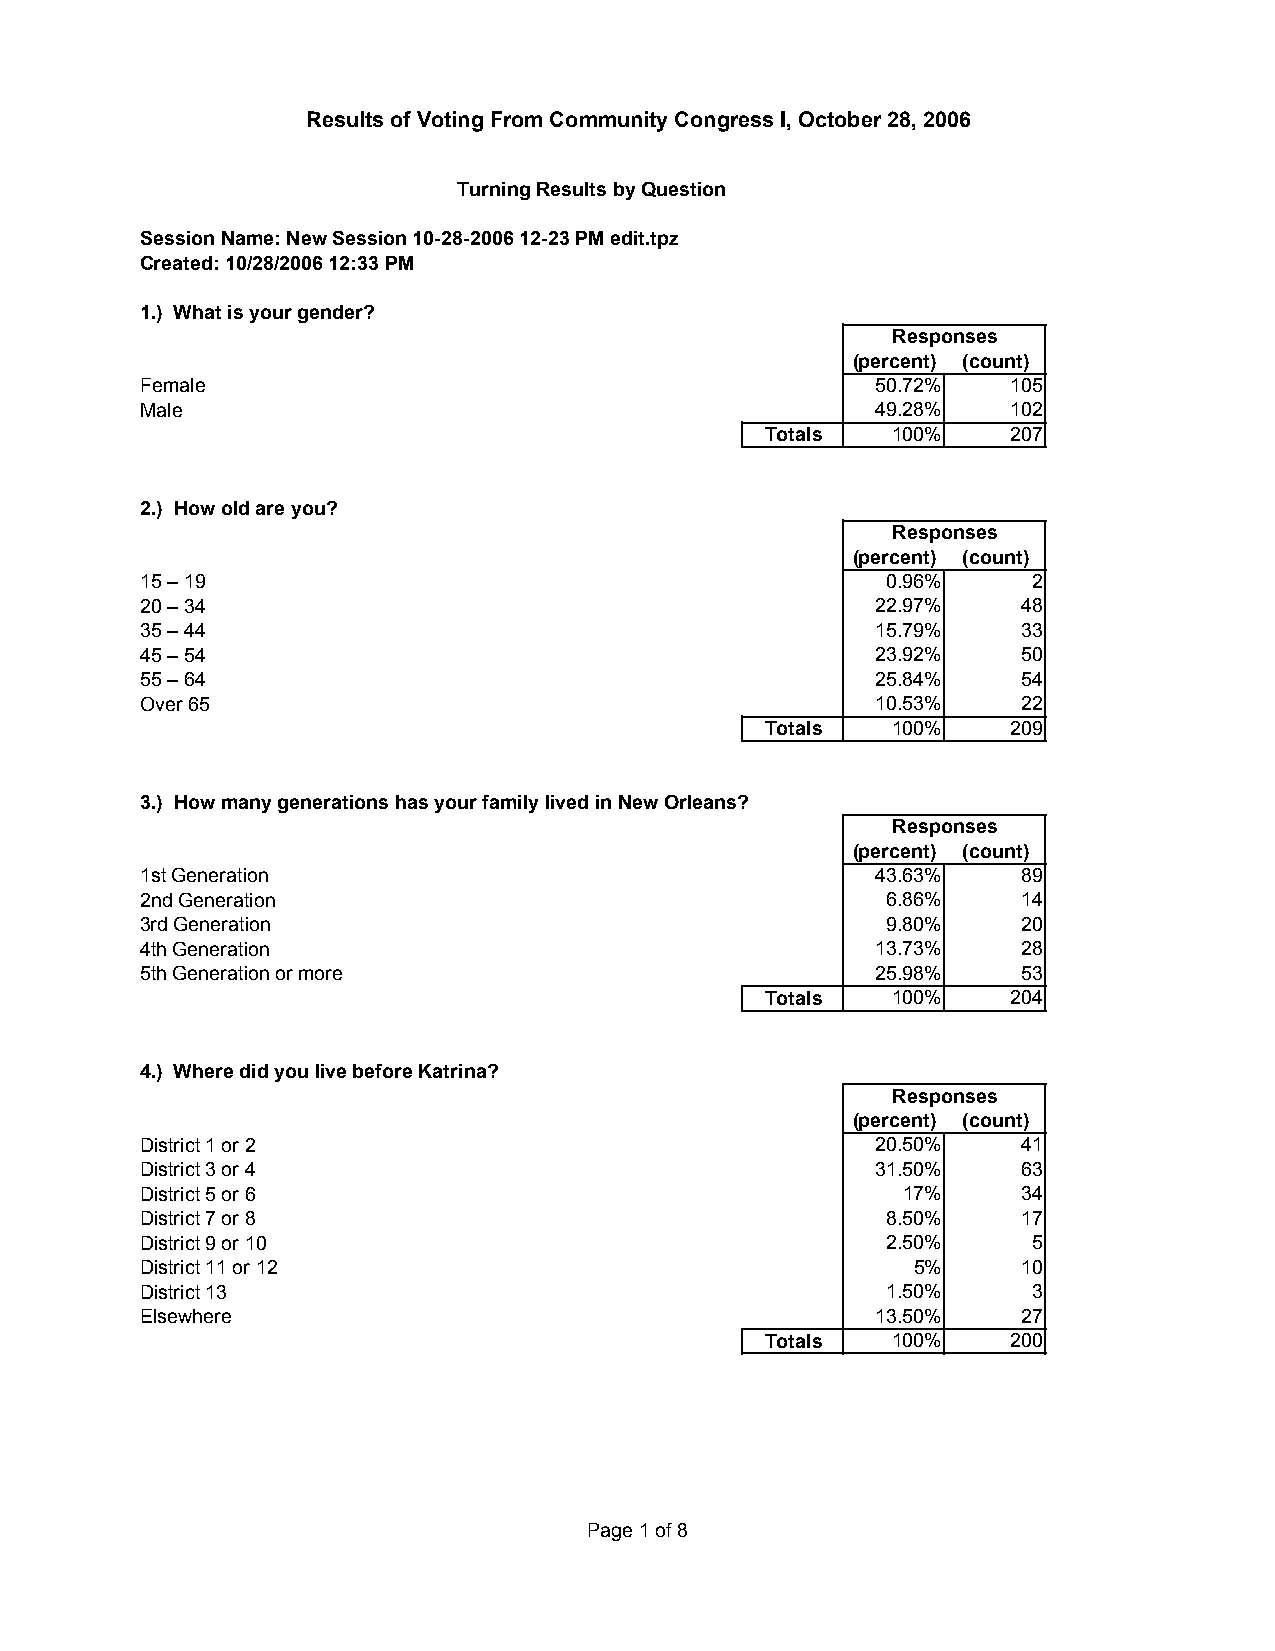
Results of Voting From Community Congress I, October 28, 2006
 Turning Results by Question
 Session Name: New Session 10-28-2006 12-23 PM edit.tpz
 Created: 10/28/2006 12:33 PM
 1.) What is your gender?
 Responses
 (percent) (count)
 Female                                           50.72%   105
 Male                                             49.28%   102
 Totals  100%    207
 2.) How old are you?
 Responses
 (percent) (count)
 15 – 19                                           0.96%    2
 20 – 34                                          22.97%    48
 35 – 44                                          15.79%    33
 45 – 54                                          23.92%    50
 55 – 64                                          25.84%    54
 Over 65                                          10.53%    22
 Totals  100%    209
 3.) How many generations has your family lived in New Orleans?
 Responses
 (percent) (count)
 1st Generation                                   43.63%    89
 2nd Generation                                    6.86%    14
 3rd Generation                                    9.80%    20
 4th Generation                                   13.73%    28
 5th Generation or more                           25.98%    53
 Totals  100%    204
 4.) Where did you live before Katrina?
 Responses
 (percent) (count)
 District 1 or 2                                  20.50%    41
 District 3 or 4                                  31.50%    63
 District 5 or 6                                    17%     34
 District 7 or 8                                   8.50%    17
 District 9 or 10                                  2.50%    5
 District 11 or 12                                  5%      10
 District 13                                       1.50%    3
 Elsewhere                                        13.50%    27
 Totals  100%    200
 Page 1 of 8